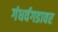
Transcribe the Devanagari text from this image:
गंधर्वगडावर